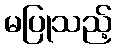
မပြုသည့်